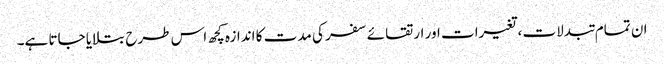
ان تمام تبدلات ،تغیرات اور ارتقائے سفر کی مدت کا اندازہ کچھ اس طرح بتلایا جاتا ہے۔